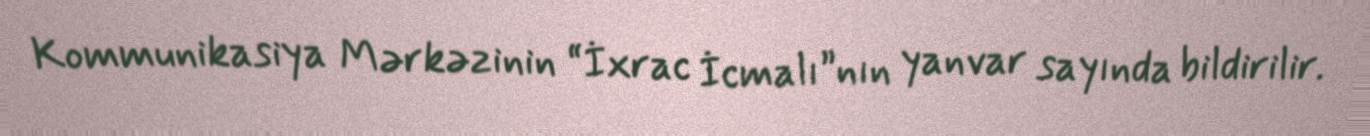
Kommunikasiya Mərkəzinin “İxrac İcmalı”nın yanvar sayında bildirilir.